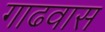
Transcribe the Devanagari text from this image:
गाढवास